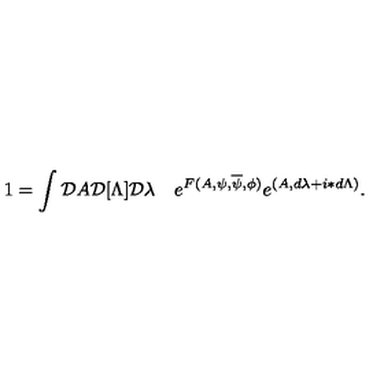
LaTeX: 1 = \int { \cal D } A { \cal D } [ \Lambda ] { \cal D } \lambda \quad e ^ { F ( A , \psi , \overline { \psi } , \phi ) } e ^ { ( A , d \lambda + i \ast d \Lambda ) } .